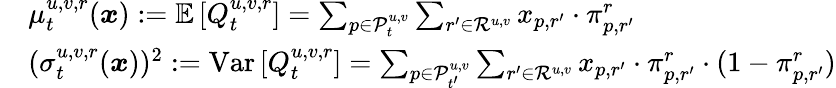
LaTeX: \begin{array}{rl}&{{\mu}_{t}^{u,v,r}(\boldsymbol{x}):=\mathbb{E}\left[Q_{t}^{u,v,r}\right]=\sum_{p\in\mathcal{P}_{t}^{u,v}}\sum_{r^{\prime}\in\mathcal{R}^{u,v}}x_{p,r^{\prime}}\cdot\pi_{p,r^{\prime}}^{r}}\\ &{({\sigma}_{t}^{u,v,r}(\boldsymbol{x}))^{2}:=\mathrm{Var}\left[Q_{t}^{u,v,r}\right]=\sum_{p\in\mathcal{P}_{t^{\prime}}^{u,v}}\sum_{r^{\prime}\in\mathcal{R}^{u,v}}x_{p,r^{\prime}}\cdot\pi_{p,r^{\prime}}^{r}\cdot(1-\pi_{p,r^{\prime}}^{r})}\end{array}